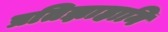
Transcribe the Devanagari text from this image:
प्रतिज्ञाहानि